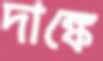
দাঙ্কে